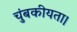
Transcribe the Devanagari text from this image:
चुंबकीयता।